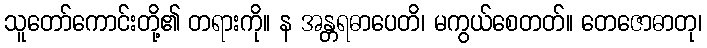
သူတော်ကောင်းတို့၏ တရားကို။ န အန္တရဓာပေတိ၊ မကွယ်စေတတ်။ တေဇောဓာတု၊